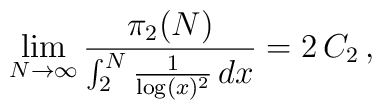
\lim_{N \rightarrow \infty} \frac{\pi_{2}(N)}{ \int_{2}^{N} \frac{1}{\log( x )^2}\, dx} = 2 \, C_2 \, ,